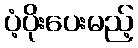
ပံ့ပိုးပေးမည့်